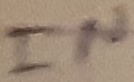
Text: IN